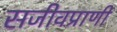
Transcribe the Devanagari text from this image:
सजीवप्राणी